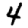
Digit: 4